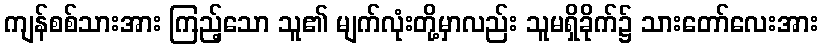
ကျန်စစ်သားအား ကြည့်သော သူ၏ မျက်လုံးတို့မှာလည်း သူမရှိခိုက်၌ သားတော်လေးအား